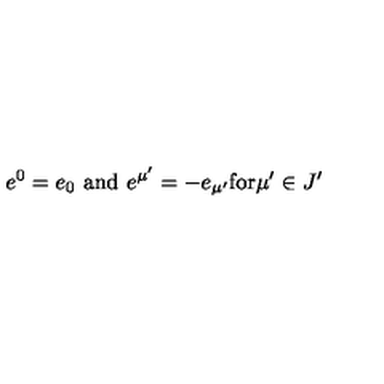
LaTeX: e ^ { 0 } = e _ { 0 } \mathrm { \ a n d \ } e ^ { \mu ^ { \prime } } = - e _ { \mu ^ { \prime } } \mathrm { f o r } \mu ^ { \prime } \in J ^ { \prime }